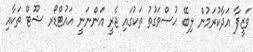
ވަޒީފާ އަދާކުރަމުން ލިބޭ ހުސްވަގުތު ތަކުގައި ޖެރީ އަންނަނީ އައުޓްޑޯރ ޝޫޓް ތަކާއި